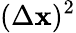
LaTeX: (\Delta\mathbf{x})^{2}